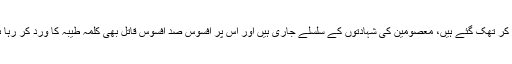
خون کی نہریں بہہ رہی ہیں، اپنوں کی میتیں اٹھا اٹھا کر تھک گئے ہیں، معصومین کی شہادتوں کے سلسلے جاری ہیں اور اس پر افسوس صد افسوس قاتل بھی کلمہ طیبہ کا ورد کر رہا ہے اور مقتول بھی کلمہ طیبہ پڑھ کر دم توڑ رہا ہے۔